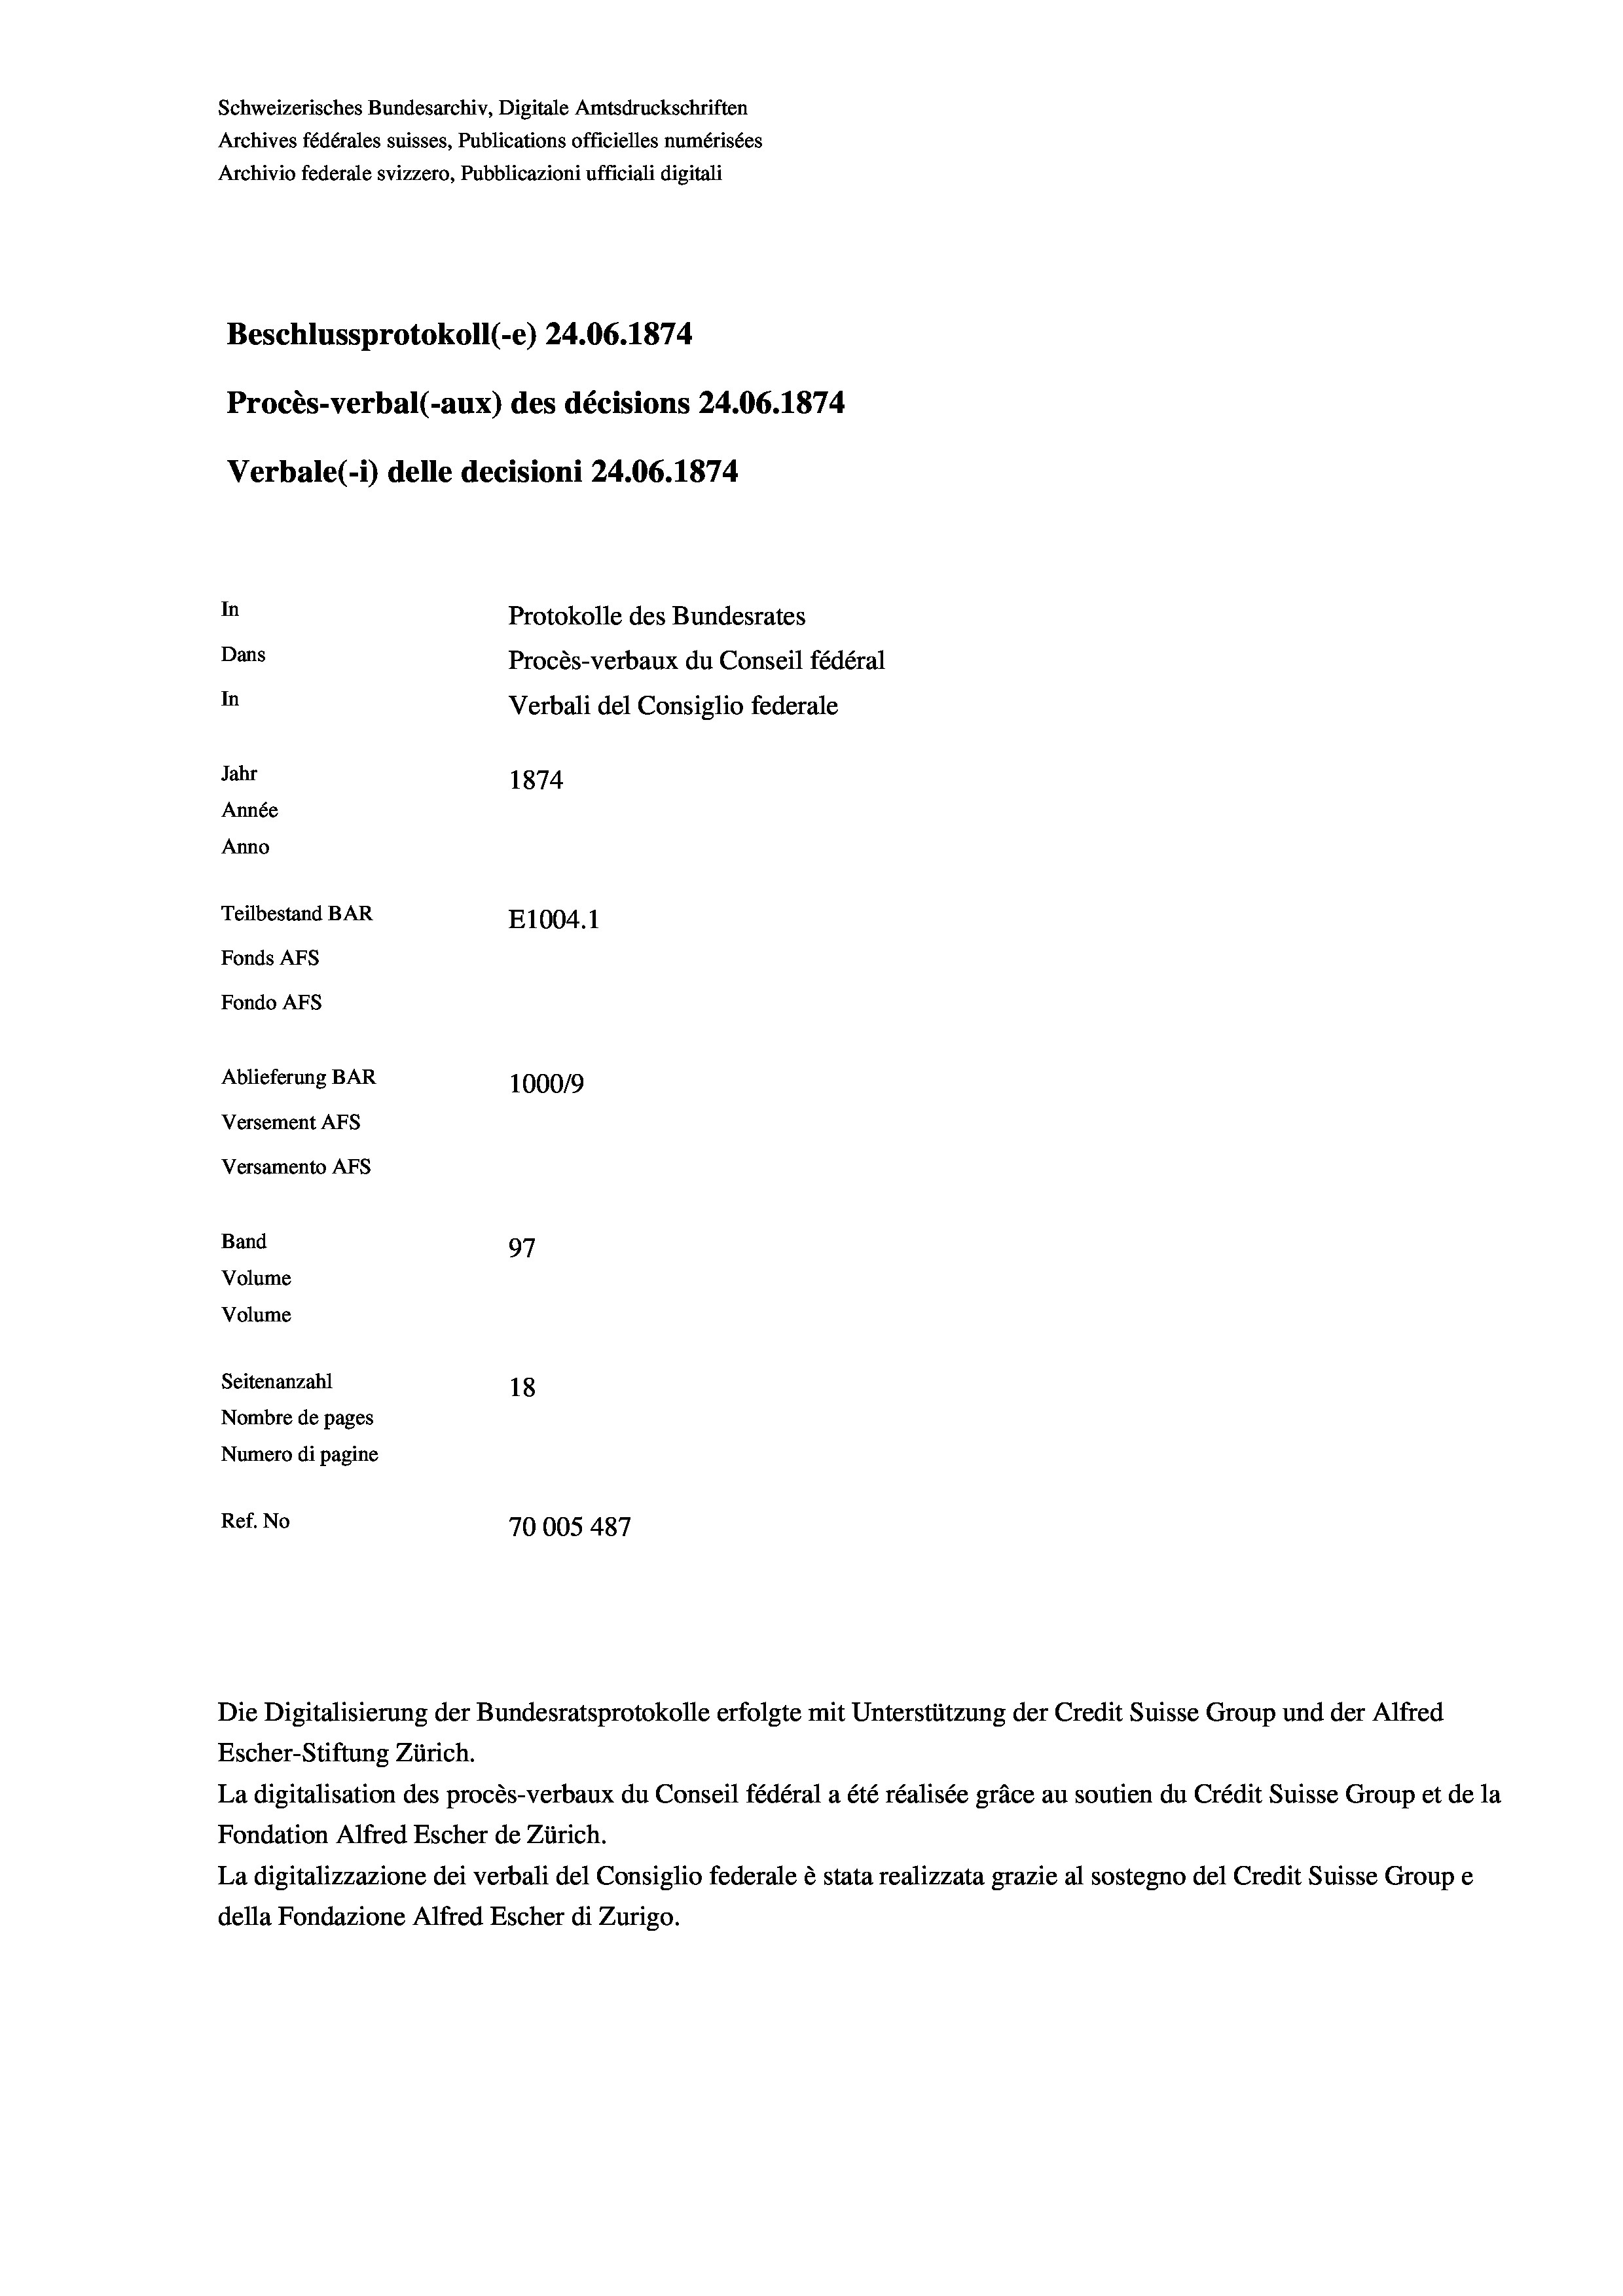
Schweizerisches Bundesarchiv, Digitale Amtsdruckschriften
Archives fédérales suisses, Publications officielles numérisées
Archivio federale svizzero, Pubblicazioni ufficiali digitali
Beschlussprotokoll (-e) 24.06. 1874.
Procès-verbal (-aux) des décisions 24.06. 1874
Verbale (1) delle decisioni 24.06. 1874
In
Protokolle des Bundesrates
Dans
Procès-verbaux du Conseil fédéral
In
Verbali del Consiglio federale
Jahr
1874
Année
Anno
Teilbestand BAR
E1004. 1
Fonds Afs
Fondo AFs
Ablieferung BAR
1000/9
Versement Abs
Versamento Afs
Band
97
Volume
Volume
Seitenanzahl
18

Nombre de pages
Numero di pagine
Ref. No
70005487

Escher-Stiftung Zürich.
La digitalisation des procès-verbaux du Conseil fédéral a été réalisée gräce au soutien du Crédit Suisse Group et de la
Fondation Alfred Escher de Zürich.
La digitalizzazione dei verbali del Consiglio federale è stata realizzata grazie al sostegno del Credit Suisse Groupe
della Fondazione Alfred Escher di Zurigo.

Die Digitalisierung der Bundesratsprotokolle erfolgte mit Unterstützung der Credit Suisse Group und der Alfred